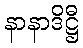
နာနာဒိဋ္ဌီ